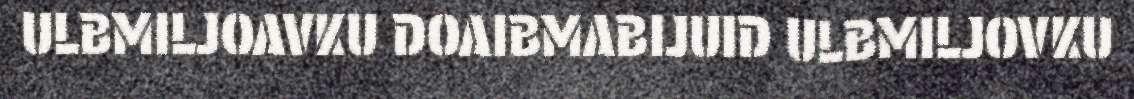
ULBMILJOAVKU DOAIBMABIJUID ULBMILJOVKU